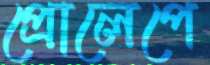
প্রোলেপে